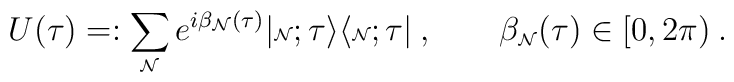
U(\tau)=:\sum_{\mbox{\tiny${\cal N}$}} e^{i\beta_{\mbox{\tiny${\cal N}$}}(\tau)}	|{\mbox{\tiny${\cal N}$}};\tau\rangle\langle{\mbox{\tiny${\cal N}$}};\tau|\:, ~~~~~~\beta_{\mbox{\tiny${\cal N}$}}(\tau)\in[0,2\pi)\:.